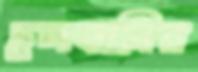
চুলকানির